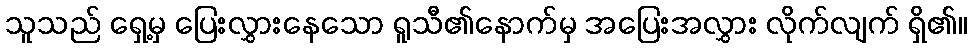
သူသည် ရှေ့မှ ပြေးလွှားနေသော ရူသီ၏နောက်မှ အပြေးအလွှား လိုက်လျက် ရှိ၏။